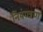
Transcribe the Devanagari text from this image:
नियंण्त्रण